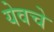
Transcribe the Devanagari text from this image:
येवचे